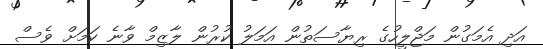
އަދި އެމަގުން މަޖްލީހުގެ ރިޔާސަތުން އަމަލު ކުރުން ލާޒިމް ވާނެ ކަމަށް ވެސް